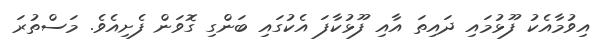
އިވުމާއެކު ފޫޅުމައި ދައިތަ އާއި ފޫޅުކާފަ އެކުގައި ބަންގި ގޮވަން ފެށިއެވެ. މަސްތުރަ